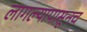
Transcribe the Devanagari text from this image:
लागल्यापासूनच